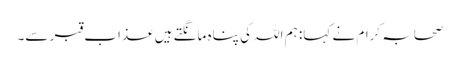
صحابہ کرام نے کہا: ہم اللہ کی پناہ مانگتے ہیں عذاب قبر سے۔